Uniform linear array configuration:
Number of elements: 4
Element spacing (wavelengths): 0.75
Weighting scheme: kaiser
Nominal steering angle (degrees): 45
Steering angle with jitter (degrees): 44.881
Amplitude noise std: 0.05
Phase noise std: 0.05

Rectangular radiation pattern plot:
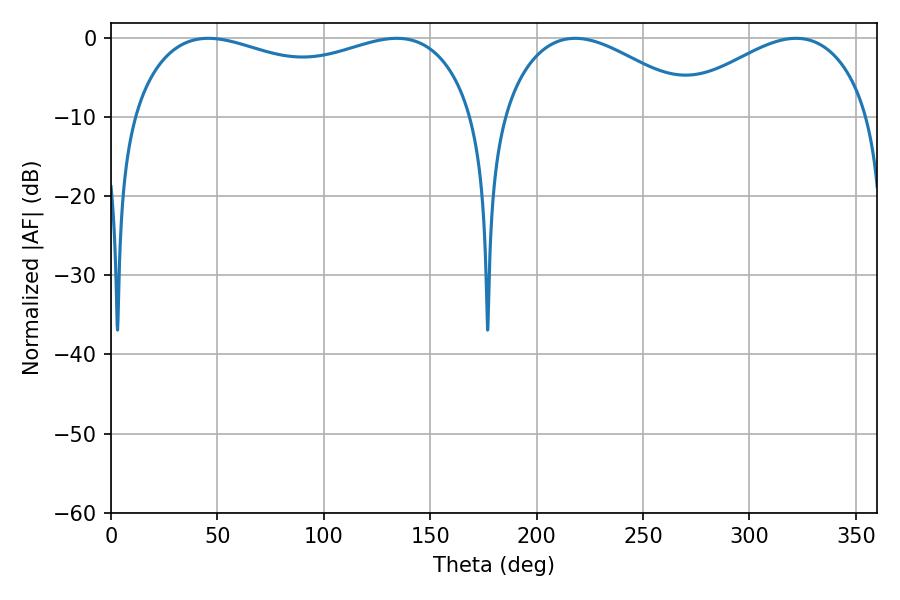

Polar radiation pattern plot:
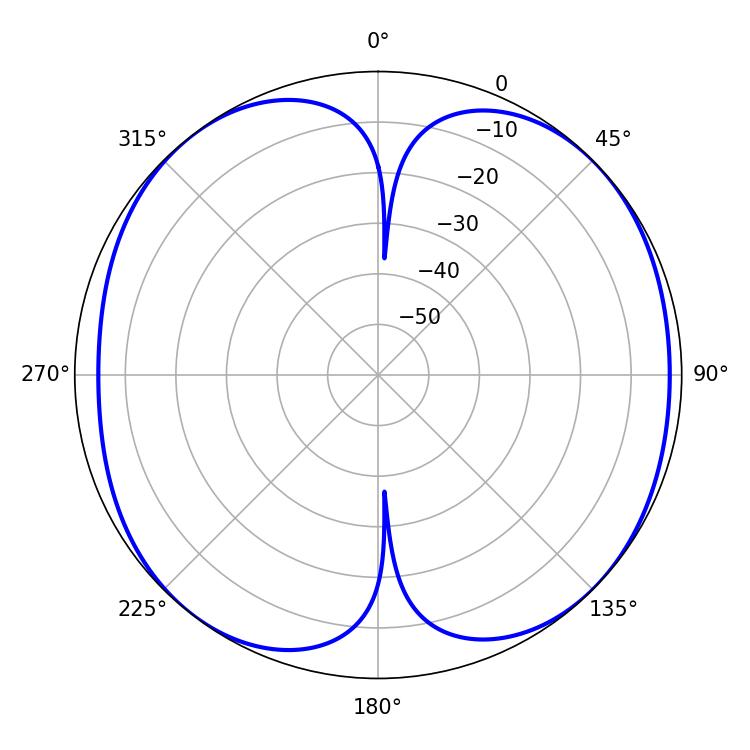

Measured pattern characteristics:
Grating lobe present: TRUE
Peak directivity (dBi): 9.607
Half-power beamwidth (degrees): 132.48
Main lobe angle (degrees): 45.72